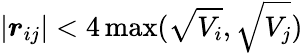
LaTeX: \left|\boldsymbol{r}_{ij}\right|<4\operatorname*{max}(\sqrt{V_{i}},\sqrt{V_{j}})